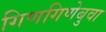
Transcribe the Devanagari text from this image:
गिणगिणेबुवा